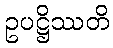
ဥပဋ္ဌိဿတိ